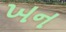
ખન